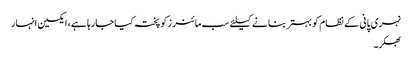
نہری پانی کے نظام کو بہتر بنا نے کیلئے سب مائنر زکو پختہ کیا جارہا ہے، ایکسین انہار
بھکر۔